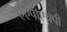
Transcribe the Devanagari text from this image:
एएपीएचपी